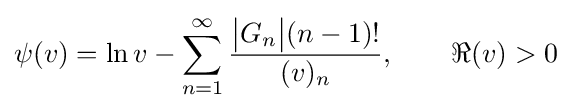
\psi (v)=\ln v-\sum _{n=1}^{\infty }{\frac {{\big |}G_{n}{\big |}(n-1)!}{(v)_{n}}},\qquad \Re (v)>0